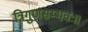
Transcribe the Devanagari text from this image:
त्रिगुणसम्भवः॥